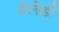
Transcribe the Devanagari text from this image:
मेलेडी